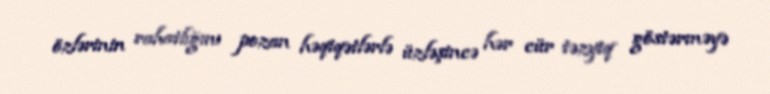
özlərinin rahatlığını pozan həqiqətlərlə üzləşincə hər cür təzyiq göstərməyə